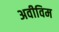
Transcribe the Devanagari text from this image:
अवीविम